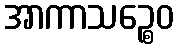
အာကာသဉ္စေဝ